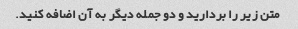
متن زیر را بردارید و دو جمله دیگر به آن اضافه کنید.